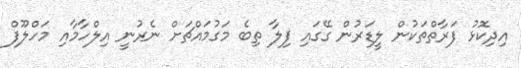
އިދިކޮޅު ފަރާތްތަކުން ލީޑަރުން ގޭގައި ފިލާ ތިބެ މަގުމައްޗަށް ނެރުނީ އިލްހާމާއި މަހްލޫފް